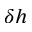
\delta h